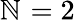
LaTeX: \mathbb{N}_{\mathrm{{}}}=2